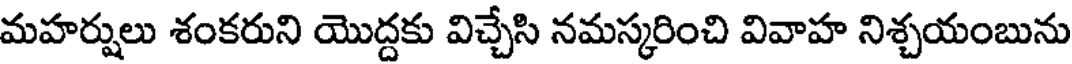
మహర్షులు శంకరుని యొద్దకు విచ్చేసి నమస్కరించి వివాహ నిశ్చయంబును